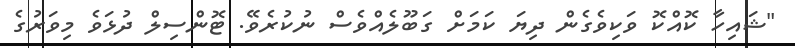
"ޝައިހާ ކޮއްކޮ ވަކިވެގެން ދިޔަ ކަމަށް ގަބޫލެއްވެސް ނުކުރެވޭ. ޓޮންސިލް ދުޅަވެ މިވަރުގެ